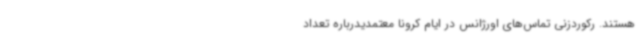
هستند. رکوردزنی تماس‌های اورژانس در ایام کرونا معتمدیدرباره تعداد